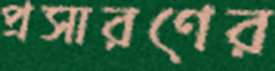
প্রসারণের